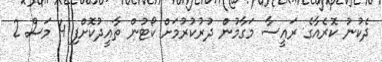
ދެކުނު ކޮރެއާގެ ރައީސާ މަގާމުން ދުރުކުރުމަށް ކޯޓުން ތާއީދުކޮށްފި 4 މަސް 2